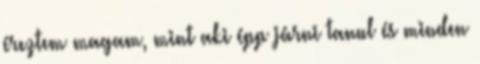
éreztem magam, mint aki épp járni tanul és minden